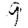
Digit: 9